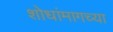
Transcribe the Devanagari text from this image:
शोधांमागच्या